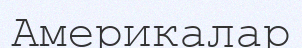
Америкалар